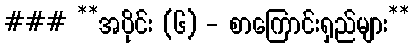
### **အပိုင်း (၆) - စာကြောင်းရှည်များ**